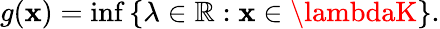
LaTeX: g(\mathbf{x})=\operatorname*{inf}\left\{ \lambda\in\mathbb{{R}}:\mathbf{x}\in\lambdaK\right\} .